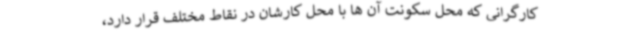
‌کارگرانی که محل سکونت آن ها با محل کارشان در نقاط مختلف قرار دارد،